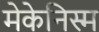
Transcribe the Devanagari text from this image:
मेकेनिस्म